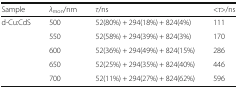
| Sample | λmon/nm | τ/ns | <τ>/ns |
 | --- | --- | --- | --- |
 | <ROWSPAN=5> d-Cu:CdS | 500 | 52(80%) + 294(18%) + 824(4%) | 111 |
 | 550 | 52(58%) + 294(39%) + 824(3%) | 170 |
 | 600 | 52(36%) + 294(49%) + 824(15%) | 286 |
 | 650 | 52(25%) + 294(35%) + 824(40%) | 446 |
 | 700 | 52(11%) + 294(27%) + 824(62%) | 596 |